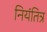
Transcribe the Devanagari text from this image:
नियंतित्र